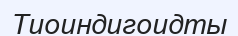
Тиоиндигоидты